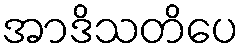
အာဒိသတိပေ